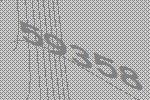
59358